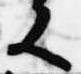
又